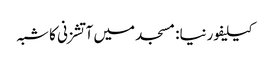
کیلیفورنیا: مسجد میں آتشزنی کا شبہ